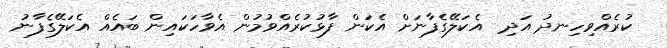
ކުރެއްވިހިނދު އަދި  އެކަލޭގެފާނަށް އެކަން ފާޅުކުރެއްވުމުން އެވާހަކައިން ބައެއް އެކަލޭގެފާނު